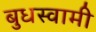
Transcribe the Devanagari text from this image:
बुधस्वामी